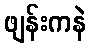
ဖျန်းကနဲ